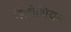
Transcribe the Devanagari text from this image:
गैलीशियन